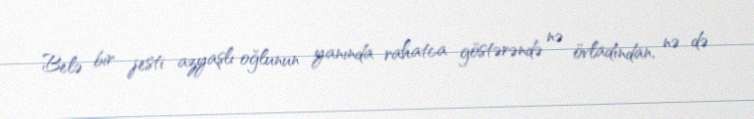
Belə bir jesti azyaşlı oğlunun yanında rahatca göstərəndə nə övladından, nə də